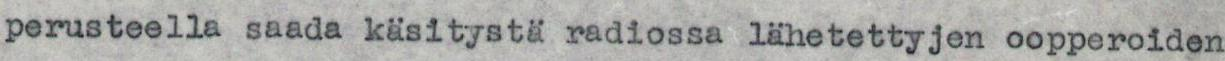
perusteella saada käsitystä radiossa lähetettyjen oopperoiden